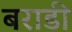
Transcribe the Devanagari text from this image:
बराडी